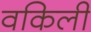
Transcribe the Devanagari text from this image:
वकिली